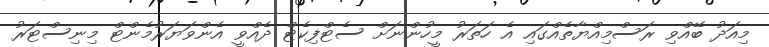
މިއަދު ބޭއްވި ރަސްމިއްޔާތެއްގައި އެ ހަތަރު މީހުންނަށް ސެޓްފިކެޓް ދެއްވީ އެންވަޔަރުމެންޓް މިނިސްޓަރު